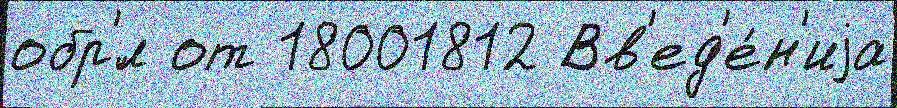
обр'́л от 18001812 Вв'ед'е́н'иjа